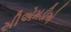
સીએમડીએ